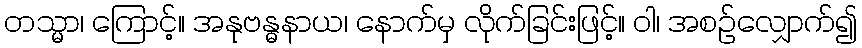
တသ္မာ၊ ကြောင့်။ အနုဗန္ဓနာယ၊ နောက်မှ လိုက်ခြင်းဖြင့်။ ဝါ၊ အစဉ်လျှောက်၍